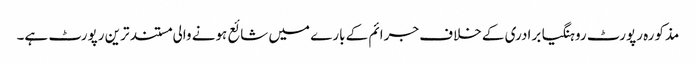
مذکورہ رپورٹ روہنگیا برادری کے خلاف جرائم کے بارے میں شائع ہونے والی مستند ترین رپورٹ ہے۔